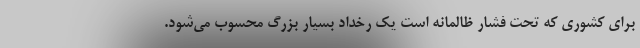
برای کشوری که تحت فشار ظالمانه است یک رُخداد بسیار بزرگ محسوب می‌شود.